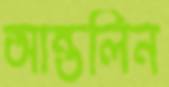
আন্তলিন